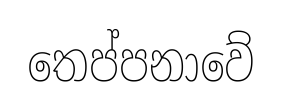
තෙප්පනාවේ